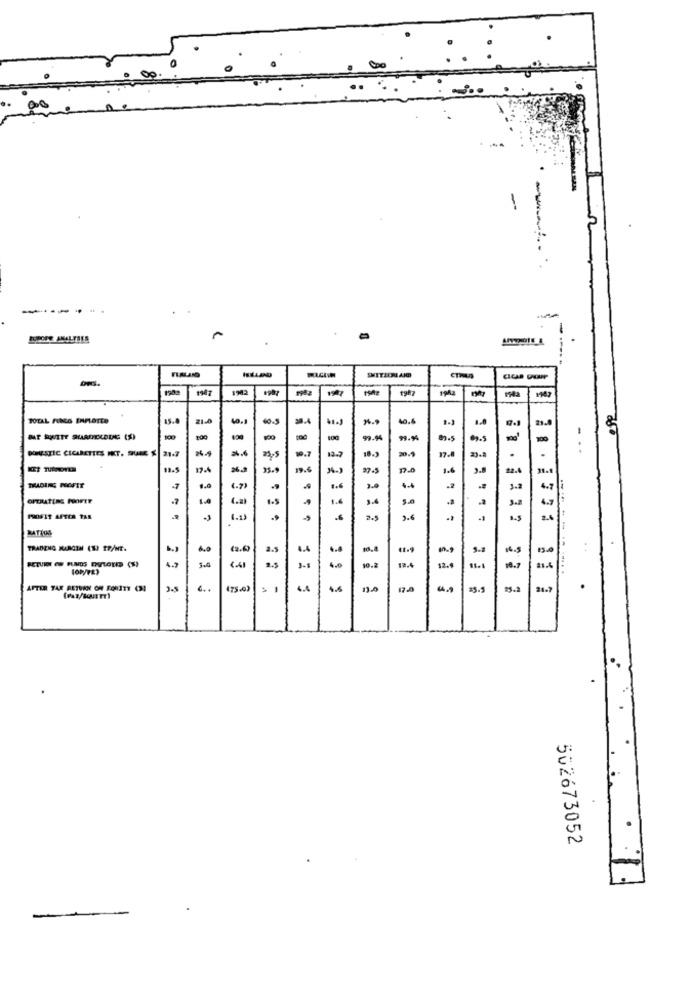
00
-
---
1902
.99
TOTAL FING ERFLOTES
21.4
30.4
40.4
29.0
100
-
100
DOMESTIC CIGARETTES INT. SURE $ 21.7
24.9
19.7
- --
12.7
18.
15.5
19.6
37.5
2.8
31.1
TRADING PROFIT
3.0
3.2
4.8
1.0
1.6
3.4
PROFIT APEER TAS
2.6
TRADING MARGEN (13 TF/NT.
b.J
4.9
3-6
3.5
...
12.4
10.7
316
AFTER TAX RETURN ON FORTY (31
3.5
6 ..
4.4
3.7
.
502673052
-